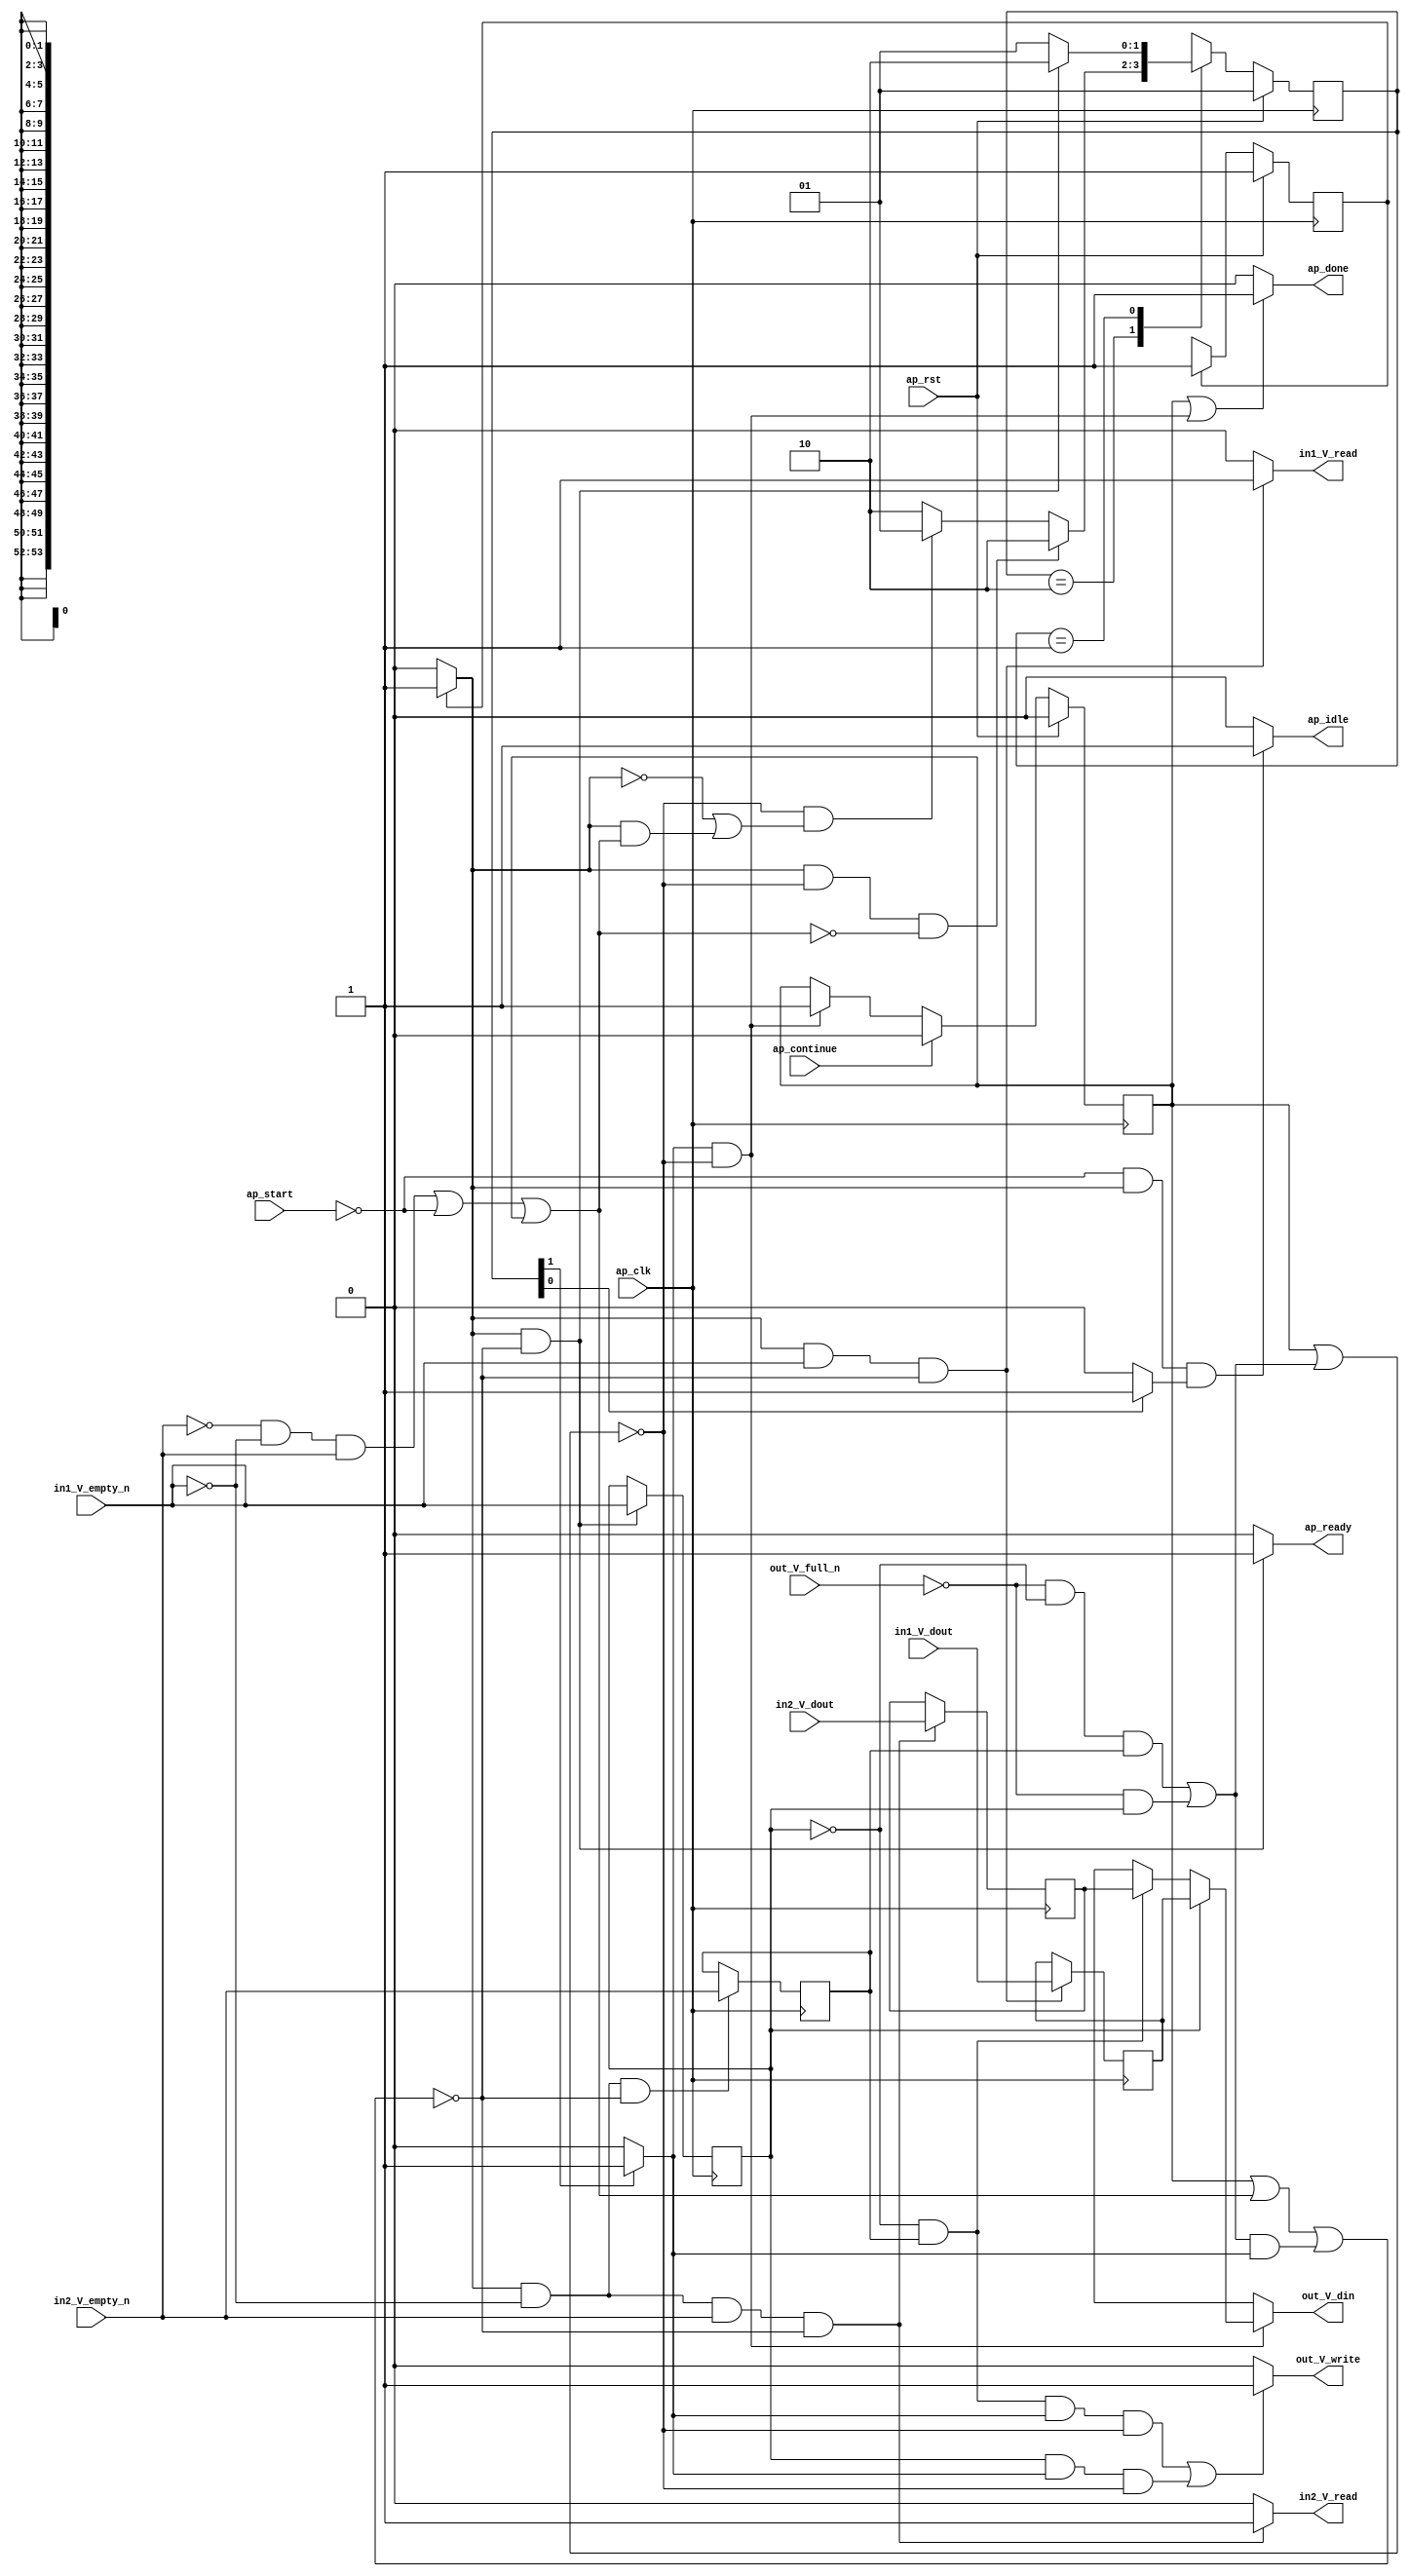
// ==============================================================
// RTL generated by Vivado(TM) HLS - High-Level Synthesis from C, C++ and SystemC
// Version: 2015.1
// Copyright (C) 2015 Xilinx Inc. All rights reserved.
// 
// ===========================================================

`timescale 1 ns / 1 ps 

module toe_mergeFunction_event_s (
        ap_clk,
        ap_rst,
        ap_start,
        ap_done,
        ap_continue,
        ap_idle,
        ap_ready,
        in2_V_dout,
        in2_V_empty_n,
        in2_V_read,
        in1_V_dout,
        in1_V_empty_n,
        in1_V_read,
        out_V_din,
        out_V_full_n,
        out_V_write
);

parameter    ap_const_logic_1 = 1'b1;
parameter    ap_const_logic_0 = 1'b0;
parameter    ap_ST_st1_fsm0_0 = 1'b1;
parameter    ap_ST_st2_fsm1_1 = 2'b10;
parameter    ap_ST_st0_fsm1_0 = 2'b1;
parameter    ap_const_lv32_0 = 32'b00000000000000000000000000000000;
parameter    ap_const_lv1_1 = 1'b1;
parameter    ap_const_lv1_0 = 1'b0;
parameter    ap_const_lv32_1 = 32'b1;
parameter    ap_true = 1'b1;

input   ap_clk;
input   ap_rst;
input   ap_start;
output   ap_done;
input   ap_continue;
output   ap_idle;
output   ap_ready;
input  [53:0] in2_V_dout;
input   in2_V_empty_n;
output   in2_V_read;
input  [53:0] in1_V_dout;
input   in1_V_empty_n;
output   in1_V_read;
output  [53:0] out_V_din;
input   out_V_full_n;
output   out_V_write;

reg ap_done;
reg ap_idle;
reg ap_ready;
reg in2_V_read;
reg in1_V_read;
reg[53:0] out_V_din;
reg out_V_write;
reg    ap_done_reg = 1'b0;
(* fsm_encoding = "none" *) reg   [0:0] ap_CS_fsm0 = 1'b1;
reg    ap_sig_cseq_ST_st1_fsm0_0;
reg    ap_sig_bdd_23;
(* fsm_encoding = "none" *) reg   [1:0] ap_CS_fsm1 = 2'b1;
reg    ap_sig_cseq_ST_st0_fsm1_0;
reg    ap_sig_bdd_34;
wire   [0:0] tmp65_nbreadreq_fu_84_p3;
wire   [0:0] tmp_nbreadreq_fu_92_p3;
reg    ap_sig_bdd_63;
reg   [0:0] tmp65_reg_120;
reg   [0:0] tmp_reg_124;
reg    ap_sig_bdd_81;
reg    ap_sig_cseq_ST_st2_fsm1_1;
reg    ap_sig_bdd_87;
reg   [53:0] tmp_2_reg_128;
reg   [53:0] tmp1_reg_133;
reg   [0:0] ap_NS_fsm0;
reg   [1:0] ap_NS_fsm1;
reg    ap_sig_bdd_77;
reg    ap_sig_bdd_113;




/// the current state (ap_CS_fsm0) of the state machine. ///
always @ (posedge ap_clk)
begin : ap_ret_ap_CS_fsm0
    if (ap_rst == 1'b1) begin
        ap_CS_fsm0 <= ap_ST_st1_fsm0_0;
    end else begin
        ap_CS_fsm0 <= ap_NS_fsm0;
    end
end

/// the current state (ap_CS_fsm1) of the state machine. ///
always @ (posedge ap_clk)
begin : ap_ret_ap_CS_fsm1
    if (ap_rst == 1'b1) begin
        ap_CS_fsm1 <= ap_ST_st0_fsm1_0;
    end else begin
        ap_CS_fsm1 <= ap_NS_fsm1;
    end
end

/// ap_done_reg assign process. ///
always @ (posedge ap_clk)
begin : ap_ret_ap_done_reg
    if (ap_rst == 1'b1) begin
        ap_done_reg <= ap_const_logic_0;
    end else begin
        if ((ap_const_logic_1 == ap_continue)) begin
            ap_done_reg <= ap_const_logic_0;
        end else if (((ap_const_logic_1 == ap_sig_cseq_ST_st2_fsm1_1) & ~((ap_done_reg == ap_const_logic_1) | ap_sig_bdd_81))) begin
            ap_done_reg <= ap_const_logic_1;
        end
    end
end

/// assign process. ///
always @(posedge ap_clk)
begin
    if (((ap_const_logic_1 == ap_sig_cseq_ST_st1_fsm0_0) & ~(tmp65_nbreadreq_fu_84_p3 == ap_const_lv1_0) & ~((ap_done_reg == ap_const_logic_1) | ap_sig_bdd_63 | (ap_sig_bdd_81 & (ap_const_logic_1 == ap_sig_cseq_ST_st2_fsm1_1))))) begin
        tmp1_reg_133 <= in1_V_dout;
    end
end

/// assign process. ///
always @(posedge ap_clk)
begin
    if (((ap_const_logic_1 == ap_sig_cseq_ST_st1_fsm0_0) & ~((ap_done_reg == ap_const_logic_1) | ap_sig_bdd_63 | (ap_sig_bdd_81 & (ap_const_logic_1 == ap_sig_cseq_ST_st2_fsm1_1))))) begin
        tmp65_reg_120 <= tmp65_nbreadreq_fu_84_p3;
    end
end

/// assign process. ///
always @(posedge ap_clk)
begin
    if (((ap_const_logic_1 == ap_sig_cseq_ST_st1_fsm0_0) & (tmp65_nbreadreq_fu_84_p3 == ap_const_lv1_0) & ~(ap_const_lv1_0 == tmp_nbreadreq_fu_92_p3) & ~((ap_done_reg == ap_const_logic_1) | ap_sig_bdd_63 | (ap_sig_bdd_81 & (ap_const_logic_1 == ap_sig_cseq_ST_st2_fsm1_1))))) begin
        tmp_2_reg_128 <= in2_V_dout;
    end
end

/// assign process. ///
always @(posedge ap_clk)
begin
    if (((ap_const_logic_1 == ap_sig_cseq_ST_st1_fsm0_0) & (tmp65_nbreadreq_fu_84_p3 == ap_const_lv1_0) & ~((ap_done_reg == ap_const_logic_1) | ap_sig_bdd_63 | (ap_sig_bdd_81 & (ap_const_logic_1 == ap_sig_cseq_ST_st2_fsm1_1))))) begin
        tmp_reg_124 <= tmp_nbreadreq_fu_92_p3;
    end
end

/// ap_done assign process. ///
always @ (ap_done_reg or ap_sig_bdd_81 or ap_sig_cseq_ST_st2_fsm1_1)
begin
    if (((ap_const_logic_1 == ap_done_reg) | ((ap_const_logic_1 == ap_sig_cseq_ST_st2_fsm1_1) & ~((ap_done_reg == ap_const_logic_1) | ap_sig_bdd_81)))) begin
        ap_done = ap_const_logic_1;
    end else begin
        ap_done = ap_const_logic_0;
    end
end

/// ap_idle assign process. ///
always @ (ap_start or ap_sig_cseq_ST_st1_fsm0_0 or ap_sig_cseq_ST_st0_fsm1_0)
begin
    if ((~(ap_const_logic_1 == ap_start) & (ap_const_logic_1 == ap_sig_cseq_ST_st1_fsm0_0) & (ap_const_logic_1 == ap_sig_cseq_ST_st0_fsm1_0))) begin
        ap_idle = ap_const_logic_1;
    end else begin
        ap_idle = ap_const_logic_0;
    end
end

/// ap_ready assign process. ///
always @ (ap_done_reg or ap_sig_cseq_ST_st1_fsm0_0 or ap_sig_bdd_63 or ap_sig_bdd_81 or ap_sig_cseq_ST_st2_fsm1_1)
begin
    if (((ap_const_logic_1 == ap_sig_cseq_ST_st1_fsm0_0) & ~((ap_done_reg == ap_const_logic_1) | ap_sig_bdd_63 | (ap_sig_bdd_81 & (ap_const_logic_1 == ap_sig_cseq_ST_st2_fsm1_1))))) begin
        ap_ready = ap_const_logic_1;
    end else begin
        ap_ready = ap_const_logic_0;
    end
end

/// ap_sig_cseq_ST_st0_fsm1_0 assign process. ///
always @ (ap_sig_bdd_34)
begin
    if (ap_sig_bdd_34) begin
        ap_sig_cseq_ST_st0_fsm1_0 = ap_const_logic_1;
    end else begin
        ap_sig_cseq_ST_st0_fsm1_0 = ap_const_logic_0;
    end
end

/// ap_sig_cseq_ST_st1_fsm0_0 assign process. ///
always @ (ap_sig_bdd_23)
begin
    if (ap_sig_bdd_23) begin
        ap_sig_cseq_ST_st1_fsm0_0 = ap_const_logic_1;
    end else begin
        ap_sig_cseq_ST_st1_fsm0_0 = ap_const_logic_0;
    end
end

/// ap_sig_cseq_ST_st2_fsm1_1 assign process. ///
always @ (ap_sig_bdd_87)
begin
    if (ap_sig_bdd_87) begin
        ap_sig_cseq_ST_st2_fsm1_1 = ap_const_logic_1;
    end else begin
        ap_sig_cseq_ST_st2_fsm1_1 = ap_const_logic_0;
    end
end

/// in1_V_read assign process. ///
always @ (ap_done_reg or ap_sig_cseq_ST_st1_fsm0_0 or tmp65_nbreadreq_fu_84_p3 or ap_sig_bdd_63 or ap_sig_bdd_81 or ap_sig_cseq_ST_st2_fsm1_1)
begin
    if (((ap_const_logic_1 == ap_sig_cseq_ST_st1_fsm0_0) & ~(tmp65_nbreadreq_fu_84_p3 == ap_const_lv1_0) & ~((ap_done_reg == ap_const_logic_1) | ap_sig_bdd_63 | (ap_sig_bdd_81 & (ap_const_logic_1 == ap_sig_cseq_ST_st2_fsm1_1))))) begin
        in1_V_read = ap_const_logic_1;
    end else begin
        in1_V_read = ap_const_logic_0;
    end
end

/// in2_V_read assign process. ///
always @ (ap_done_reg or ap_sig_cseq_ST_st1_fsm0_0 or tmp65_nbreadreq_fu_84_p3 or tmp_nbreadreq_fu_92_p3 or ap_sig_bdd_63 or ap_sig_bdd_81 or ap_sig_cseq_ST_st2_fsm1_1)
begin
    if (((ap_const_logic_1 == ap_sig_cseq_ST_st1_fsm0_0) & (tmp65_nbreadreq_fu_84_p3 == ap_const_lv1_0) & ~(ap_const_lv1_0 == tmp_nbreadreq_fu_92_p3) & ~((ap_done_reg == ap_const_logic_1) | ap_sig_bdd_63 | (ap_sig_bdd_81 & (ap_const_logic_1 == ap_sig_cseq_ST_st2_fsm1_1))))) begin
        in2_V_read = ap_const_logic_1;
    end else begin
        in2_V_read = ap_const_logic_0;
    end
end

/// out_V_din assign process. ///
always @ (tmp65_reg_120 or tmp_2_reg_128 or tmp1_reg_133 or ap_sig_bdd_77 or ap_sig_bdd_113)
begin
    if (ap_sig_bdd_113) begin
        if (~(ap_const_lv1_0 == tmp65_reg_120)) begin
            out_V_din = tmp1_reg_133;
        end else if (ap_sig_bdd_77) begin
            out_V_din = tmp_2_reg_128;
        end else begin
            out_V_din = 'bx;
        end
    end else begin
        out_V_din = 'bx;
    end
end

/// out_V_write assign process. ///
always @ (ap_done_reg or tmp65_reg_120 or tmp_reg_124 or ap_sig_bdd_81 or ap_sig_cseq_ST_st2_fsm1_1)
begin
    if ((((ap_const_lv1_0 == tmp65_reg_120) & ~(ap_const_lv1_0 == tmp_reg_124) & (ap_const_logic_1 == ap_sig_cseq_ST_st2_fsm1_1) & ~((ap_done_reg == ap_const_logic_1) | ap_sig_bdd_81)) | (~(ap_const_lv1_0 == tmp65_reg_120) & (ap_const_logic_1 == ap_sig_cseq_ST_st2_fsm1_1) & ~((ap_done_reg == ap_const_logic_1) | ap_sig_bdd_81)))) begin
        out_V_write = ap_const_logic_1;
    end else begin
        out_V_write = ap_const_logic_0;
    end
end
/// the next state (ap_NS_fsm0) of the state machine. ///
always @ (ap_done_reg or ap_CS_fsm0 or ap_sig_bdd_63 or ap_sig_bdd_81 or ap_sig_cseq_ST_st2_fsm1_1)
begin
    case (ap_CS_fsm0)
        ap_ST_st1_fsm0_0 : 
        begin
            ap_NS_fsm0 = ap_ST_st1_fsm0_0;
        end
        default : 
        begin
            ap_NS_fsm0 = 'bx;
        end
    endcase
end

/// the next state (ap_NS_fsm1) of the state machine. ///
always @ (ap_done_reg or ap_sig_cseq_ST_st1_fsm0_0 or ap_CS_fsm1 or ap_sig_bdd_63 or ap_sig_bdd_81 or ap_sig_cseq_ST_st2_fsm1_1)
begin
    case (ap_CS_fsm1)
        ap_ST_st2_fsm1_1 : 
        begin
            if (((ap_const_logic_1 == ap_sig_cseq_ST_st1_fsm0_0) & ~((ap_done_reg == ap_const_logic_1) | ap_sig_bdd_81) & ~ap_sig_bdd_63)) begin
                ap_NS_fsm1 = ap_ST_st2_fsm1_1;
            end else if ((~((ap_done_reg == ap_const_logic_1) | ap_sig_bdd_81) & (~(ap_const_logic_1 == ap_sig_cseq_ST_st1_fsm0_0) | ((ap_const_logic_1 == ap_sig_cseq_ST_st1_fsm0_0) & ap_sig_bdd_63)))) begin
                ap_NS_fsm1 = ap_ST_st0_fsm1_0;
            end else begin
                ap_NS_fsm1 = ap_ST_st2_fsm1_1;
            end
        end
        ap_ST_st0_fsm1_0 : 
        begin
            if (((ap_const_logic_1 == ap_sig_cseq_ST_st1_fsm0_0) & ~((ap_done_reg == ap_const_logic_1) | ap_sig_bdd_63 | (ap_sig_bdd_81 & (ap_const_logic_1 == ap_sig_cseq_ST_st2_fsm1_1))))) begin
                ap_NS_fsm1 = ap_ST_st2_fsm1_1;
            end else begin
                ap_NS_fsm1 = ap_ST_st0_fsm1_0;
            end
        end
        default : 
        begin
            ap_NS_fsm1 = 'bx;
        end
    endcase
end


/// ap_sig_bdd_113 assign process. ///
always @ (ap_done_reg or ap_sig_bdd_81 or ap_sig_cseq_ST_st2_fsm1_1)
begin
    ap_sig_bdd_113 = ((ap_const_logic_1 == ap_sig_cseq_ST_st2_fsm1_1) & ~((ap_done_reg == ap_const_logic_1) | ap_sig_bdd_81));
end

/// ap_sig_bdd_23 assign process. ///
always @ (ap_CS_fsm0)
begin
    ap_sig_bdd_23 = (ap_CS_fsm0[ap_const_lv32_0] == ap_const_lv1_1);
end

/// ap_sig_bdd_34 assign process. ///
always @ (ap_CS_fsm1)
begin
    ap_sig_bdd_34 = (ap_const_lv1_1 == ap_CS_fsm1[ap_const_lv32_0]);
end

/// ap_sig_bdd_63 assign process. ///
always @ (ap_start or ap_done_reg or in2_V_empty_n or tmp65_nbreadreq_fu_84_p3 or tmp_nbreadreq_fu_92_p3 or in1_V_empty_n)
begin
    ap_sig_bdd_63 = (((in2_V_empty_n == ap_const_logic_0) & (tmp65_nbreadreq_fu_84_p3 == ap_const_lv1_0) & ~(ap_const_lv1_0 == tmp_nbreadreq_fu_92_p3)) | ((in1_V_empty_n == ap_const_logic_0) & ~(tmp65_nbreadreq_fu_84_p3 == ap_const_lv1_0)) | (ap_start == ap_const_logic_0) | (ap_done_reg == ap_const_logic_1));
end

/// ap_sig_bdd_77 assign process. ///
always @ (tmp65_reg_120 or tmp_reg_124)
begin
    ap_sig_bdd_77 = ((ap_const_lv1_0 == tmp65_reg_120) & ~(ap_const_lv1_0 == tmp_reg_124));
end

/// ap_sig_bdd_81 assign process. ///
always @ (out_V_full_n or tmp65_reg_120 or tmp_reg_124)
begin
    ap_sig_bdd_81 = (((out_V_full_n == ap_const_logic_0) & (ap_const_lv1_0 == tmp65_reg_120) & ~(ap_const_lv1_0 == tmp_reg_124)) | ((out_V_full_n == ap_const_logic_0) & ~(ap_const_lv1_0 == tmp65_reg_120)));
end

/// ap_sig_bdd_87 assign process. ///
always @ (ap_CS_fsm1)
begin
    ap_sig_bdd_87 = (ap_const_lv1_1 == ap_CS_fsm1[ap_const_lv32_1]);
end
assign tmp65_nbreadreq_fu_84_p3 = in1_V_empty_n;
assign tmp_nbreadreq_fu_92_p3 = in2_V_empty_n;


endmodule //toe_mergeFunction_event_s